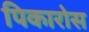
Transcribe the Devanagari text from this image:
पिकारोस